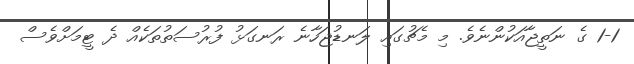
1-1 ގެ ނަތީޖާއަކުންނެވެ. މި މެޗުގައި ލަނޑުޖަހާނެ ރަނގަޅު ފުރުސަތުތަކެއް ދެ ޓީމަށްވެސް